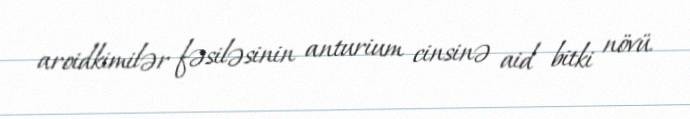
aroidkimilər fəsiləsinin anturium cinsinə aid bitki növü.